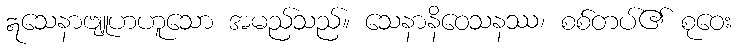
ဣသေနာဗျူဟဟူသော အမည်သည်။ သေနာနိဝေသနဿ၊ စစ်တပ်၏ စုဝေး